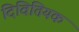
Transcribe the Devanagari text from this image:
दिवितियक